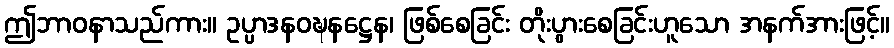
ဤဘာဝနာသည်ကား။ ဥပ္ပာဒနဝဍ္ဎနဋ္ဌေန၊ ဖြစ်စေခြင်း တိုးပွားစေခြင်းဟူသော အနက်အားဖြင့်။